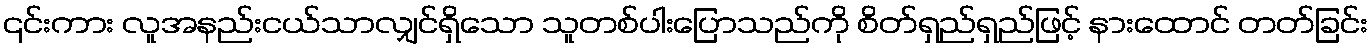
၎င်းကား လူအနည်းငယ်သာလျှင်ရှိသော သူတစ်ပါးပြောသည်ကို စိတ်ရှည်ရှည်ဖြင့် နားထောင် တတ်ခြင်း